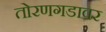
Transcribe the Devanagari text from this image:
तोरणगडावर